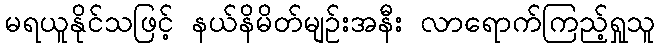
မရယူနိုင်သဖြင့် နယ်နိမိတ်မျဉ်းအနီး လာရောက်ကြည့်ရှုသူ